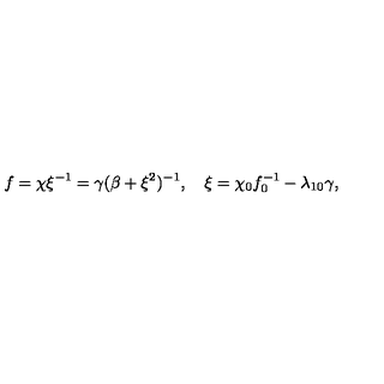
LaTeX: f = \chi \xi ^ { - 1 } = \gamma ( \beta + \xi ^ { 2 } ) ^ { - 1 } , \quad \xi = \chi _ { 0 } f _ { 0 } ^ { - 1 } - \lambda _ { 1 0 } \gamma ,